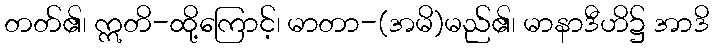
တတ်၏၊ ဣတိ-ထို့ကြောင့်၊ မာတာ-(အမိ)မည်၏၊ မာနာဒီဟိ၌ အာဒိ